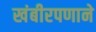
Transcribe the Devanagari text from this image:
खंबीरपणाने